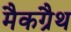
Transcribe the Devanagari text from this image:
मैकग्रैथ